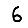
Digit: 6